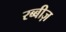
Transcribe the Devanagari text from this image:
रब्बीज़